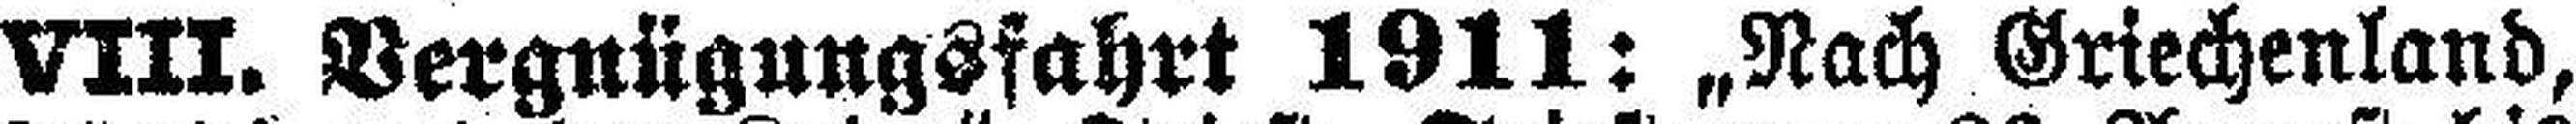
VIII. Vergnügungsfahrt 1911: „Nach Griechenland,